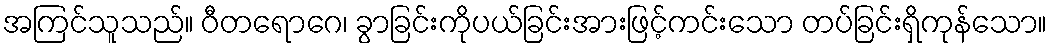
အကြင်သူသည်။ ဝီတရောဂေ၊ ခွာခြင်းကိုပယ်ခြင်းအားဖြင့်ကင်းသော တပ်ခြင်းရှိကုန်သော။